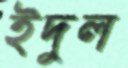
ইদুল